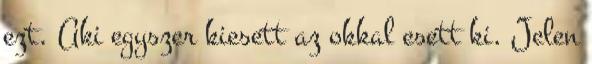
ezt. Aki egyszer kiesett az okkal esett ki. Jelen